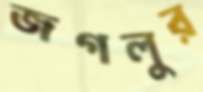
জগলুর